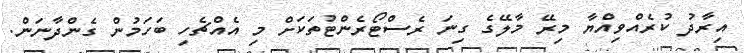
އިރާދު ކުރެއްވިއްޔާ މިރޭ މާލޭގެ ގިނަ ރެސްޓޯރެންޓުތަކަށް މި އެއްޗެހި ބަހަމުން ގެންދާނަން.